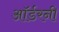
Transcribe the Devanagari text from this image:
ऑर्डरनी